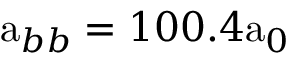
\mathrm { a } _ { b b } = 1 0 0 . 4 \mathrm { a } _ { 0 }